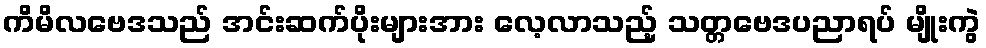
ကိမိလဗေဒသည် အင်းဆက်ပိုးများအား လေ့လာသည့် သတ္တဗေဒပညာရပ် မျိုးကွဲ